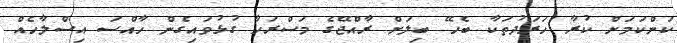
ކަންކަމަށް ކުރާ ހަރަދުތަކާ ބެހޭ ބިލަށް ރާއްޖޭގެ މަސްރަހާ ގުޅުވައިގެން ހާއްސަ އިސްލާހެއް